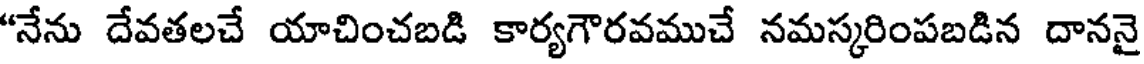
"నేను దేవతలచే యాచించబడి కార్యగౌరవముచే నమస్కరింపబడిన దాననై